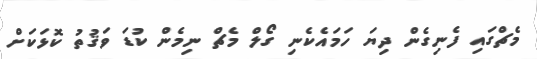
މެޗްގައި ފެނިގެން ދިޔަ ހަމައެކެނި ގޯލް މެޗް ނިމެން ކުޑަ ވަޤުތު ކޮޅަކަށް